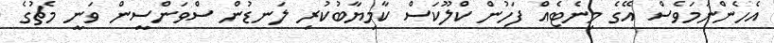
އެހެންނަމަވެސް އޭގެ މިނެޓެއް ފަހުން ކްލޫކަސް ކާމިޔާބުކުރި ލަނޑުން ސްވަންސީން ވަނީ މެޗުގެ